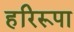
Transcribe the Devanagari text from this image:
हरिरूपा